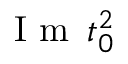
\mathrm { ~ I ~ m ~ } \, t _ { 0 } ^ { 2 }